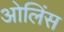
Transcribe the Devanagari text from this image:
ओलिंस